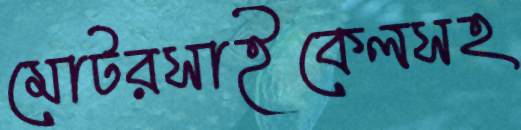
মোটরসাইকেলসহ